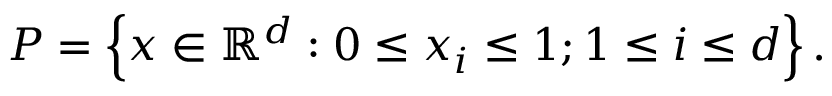
P = \left\{ x \in \mathbb { R } ^ { d } : 0 \leq x _ { i } \leq 1 ; 1 \leq i \leq d \right\} .